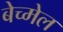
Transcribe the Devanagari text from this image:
बेच्मेल